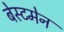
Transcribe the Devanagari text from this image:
बेस्टमेन